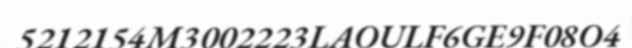
5212154M3002223LAOULF6GE9F08O4